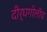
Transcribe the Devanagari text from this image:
दीर्घगोलीय